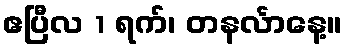
ဧပြီလ 1 ရက်၊ တနင်္လာနေ့။